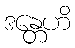
ဒန္တေဟိ